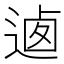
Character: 𨔁